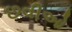
છવીઓ